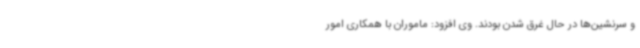
و سرنشین‌ها در حال غرق شدن بودند. وی افزود: ماموران با همکاری امور